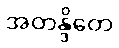
အတန္ဒိတေ